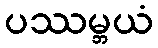
ပဿမ္ဘယံ